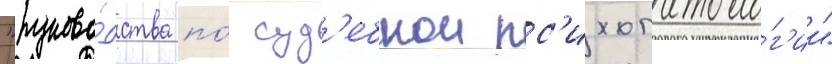
"руково́дства по́ суд'ебнои пс'ихопатоло́г'ии"